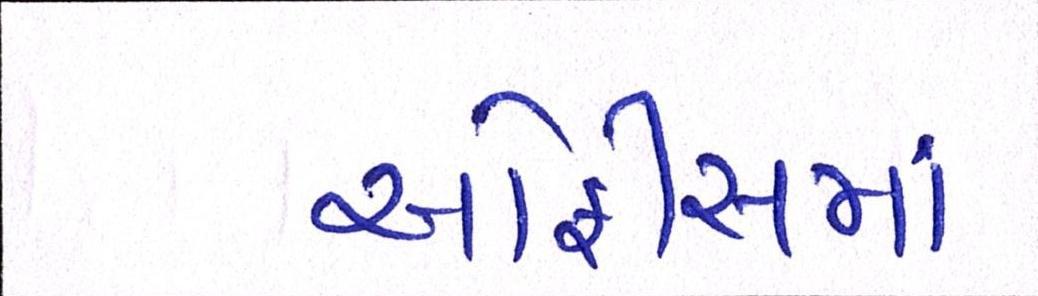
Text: ઓફીસમાં